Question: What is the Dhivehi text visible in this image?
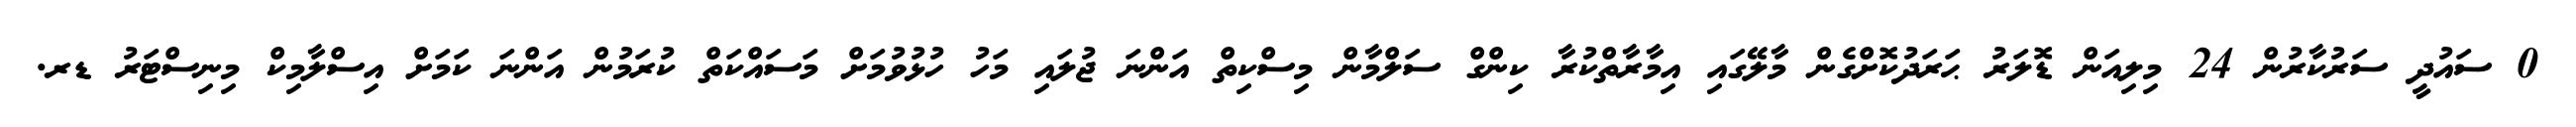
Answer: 0 ސައުދީ ސަރުކާރުން 24 މިލިއަން ޑޮލަރު ޙަރަދުކޮށްގެން މާލޭގައި އިމާރާތްކުރާ ކިންގް ސަލްމާން މިސްކިތް އަންނަ ޖުލައި މަހު ހުޅުވުމަށް މަސައްކަތް ކުރަމުން އަންނަ ކަމަށް އިސްލާމިކް މިނިސްޓަރު ޑރ.